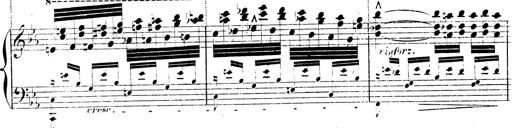
Title: AnnÃ©es de pÃ¨lerinage II, SupplÃ©ment
Composer: Franz Liszt